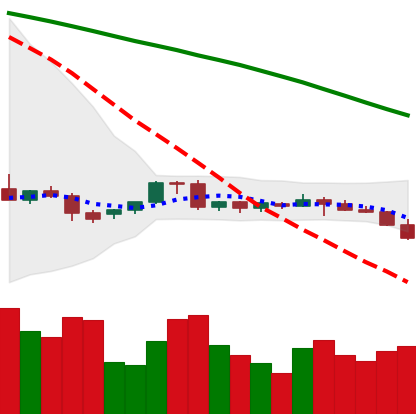
Ticker: EOS-USD
Chart end date: 2022-06-11
Forward return: -18.485%
Label: down_7plus